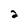
Character: 2